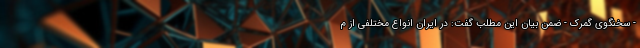
- سخنگوی گمرک - ضمن بیان این مطلب گفت: در ایران انواع مختلفی از م